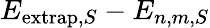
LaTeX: E_{\mathrm{extrap},S}-E_{n,m,S}